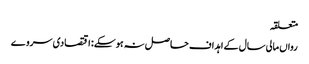
متعلقہ
رواں مالی سال کے اہداف حاصل نہ ہوسکے: اقتصادی سروے